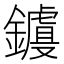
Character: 𲇧